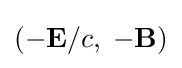
(-\mathbf {E} /c,\;-\mathbf {B} )